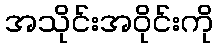
အသိုင်းအဝိုင်းကို